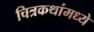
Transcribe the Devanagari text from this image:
चित्रकथांमध्ये